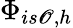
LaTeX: \Phi_{is\mathscr{O},h}